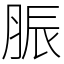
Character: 脤